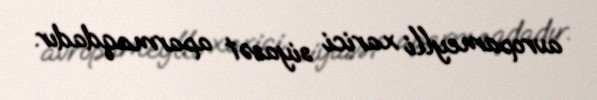
avropameylli xarici siyasət aparmaqdadır.